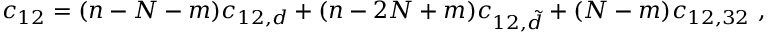
c _ { 1 2 } = ( n - N - m ) c _ { 1 2 , d } + ( n - 2 N + m ) c _ { 1 2 , \tilde { d } } + ( N - m ) c _ { 1 2 , 3 2 } \ ,